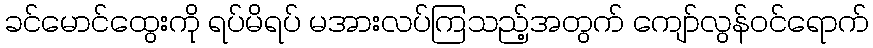
ခင်မောင်ထွေးကို ရပ်မိရပ် မအားလပ်ကြသည့်အတွက် ကျော်လွန်ဝင်ရောက်